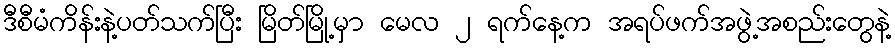
ဒီစီမံကိန်းနဲ့ပတ်သက်ပြီး မြိတ်မြို့မှာ မေလ ၂ ရက်နေ့က အရပ်ဖက်အဖွဲ့အစည်းတွေနဲ့